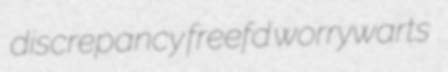
discrepancy freefd worrywarts